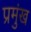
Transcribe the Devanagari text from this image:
प्रमुंख